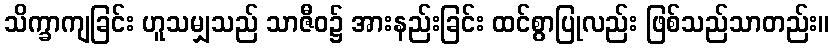
သိက္ခာကျခြင်း ဟူသမျှသည် သာဇီဝ၌ အားနည်းခြင်း ထင်စွာပြုလည်း ဖြစ်သည်သာတည်း။